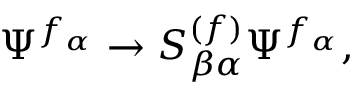
\Psi ^ { f _ { \alpha } } \rightarrow S _ { \beta \alpha } ^ { ( f ) } \Psi ^ { f _ { \alpha } } ,